Report of the Indian Hemp Drugs Commission, 1894-1895 - Volume IV
Year: 1894
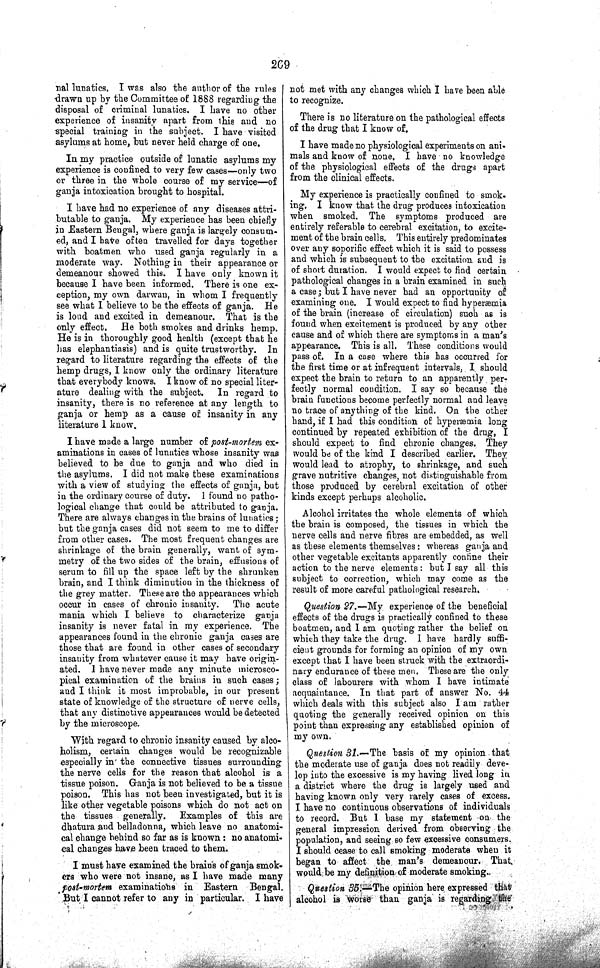
269
nal lunatics. I was also the author of the rules
drawn up by the Committee of 1888 regarding the
disposal of criminal lunatics. I have no other
experience of insanity apart from this and no
special training in the subject. I have visited
asylums at home, but never held charge of one.
In my practice outside of lunatic asylums my
experience is confined to very few cases—only two
or three in the whole course of my service—of
ganja intoxication brought to hospital.
I have had no experience of any diseases attri-
butable to ganja. My experience has been chiefly
in Eastern Bengal, where ganja is largely consum-
ed, and I have often travelled for days together
with boatmen who used ganja regularly in a
moderate way. Nothing in their appearance or
demeanour showed this. I have only known it
because I have been informed. There is one ex-
ception, my own darwan, in whom I frequently
see what I believe to be the effects of ganja. He
is loud and excited in demeanour. That is the
only effect.
He both smokes and drinks hemp.
He is in thoroughly good health (except that he
has elephantiasis) and is quite trustworthy. In
regard to literature regarding the effects of the
hemp drugs, I know only the ordinary literature
that everybody knows. I know of no special liter-
ature dealing with the subject. In regard to
insanity, there is no reference at any length to
ganja or hemp as a cause of insanity in any
literature I know.
I have made a large number of post-mortem ex-
aminations in cases of lunatics whose insanity was
believed to be due to ganja and who died in
the asylums. I did not make these examinations
with a view of studying the effects of ganja, but
in the ordinary course of duty. I found no patho-
logical change that could be attributed to ganja.
There are always changes in the brains of lunatics;
but the ganja cases did not seem to me to differ
from other cases. The most frequent changes are
shrinkage of the brain generally, want of sym-
metry of the two sides of the brain, effusions of
serum to fill up the space left by the shrunken
brain, and I think diminution in the thickness of
the grey matter. These are the appearances which
occur in cases of chronic insanity.
The acute
mania which I believe to characterize ganja
insanity is never fatal in my experience. The
appearances found in the chronic ganja cases are
those that are found in other cases of secondary
insanity from whatever cause it may have origin-
ated. I have never made any minute microsco-
pical examination of the brains in such cases;
and I think it most improbable, in our present
state of knowledge of the structure of nerve cells,
that any distinctive appearances would be detected
by the microscope.
With regard to chronic insanity caused by alco-
holism, certain changes would be recognizable
especially in the connective tissues surrounding
the nerve cells for the reason that alcohol is a
tissue poison. Ganja is not believed to be a tissue
poison. This has not been investigated, but it is
like other vegetable poisons which do not act on
the tissues generally. Examples of this are
dhatura and belladonna, which leave no anatomi-
cal change behind so far as is known: no anatomi-
cal changes have been traced to them.
I must have examined the brains of ganja smok-
ers who were not insane, as I have made many
post-mortem examinations in Eastern Bengal.
But I cannot refer to any in particular. I have
not met with any changes which I have been able
to recognize.
There is no literature on the pathological effects
of the drug that I know of.
I have made no physiological experiments on ani-
mals and know of none. I have no knowledge
of the physiological effects of the drugs apart
from the clinical effects.
My experience is practically confined to smok-
ing. I know that the drug produces intoxication
when smoked. The symptoms produced are
entirely referable to cerebral excitation, to excite-
ment of the brain cells. This entirely predominates
over any soporific effect which it is said to possess
and which is subsequent to the excitation and is
of short duration. I would expect to find certain
pathological changes in a brain examined in such
a case; but I have never had an opportunity of
examining one. I would expect to find hyperæmia
of the brain (increase of circulation) such as is
found when excitement is produced by any other
cause and of which there are symptoms in a man's
appearance. This is all. These conditions would
pass of. In a case where this has occurred for
the first time or at infrequent intervals, I should
expect the brain to return to an apparently per-
fectly normal condition. I say so because the
brain functions become perfectly normal and leave
no trace of anything of the kind. On the other
hand, if I had this condition of hyperæmia long
continued by repeated exhibition of the drug, I
should expect to find chronic changes. They
would be of the kind I described earlier. They
would lead to atrophy, to shrinkage, and such
grave nutritive changes, not distinguishable from
those produced by cerebral excitation of other
kinds except perhaps alcoholic.
Alcohol irritates the whole elements of which
the brain is composed, the tissues in which the
nerve cells and nerve fibres are embedded, as well
as these elements themselves: whereas ganja and
other vegetable excitants apparently confine their
action to the nerve elements: but I say all this
subject to correction, which may come as the
result of more careful pathological research.
Question 27.—My experience of the beneficial
effects of the drugs is practically confined to these
boatmen, and I am quoting rather the belief on
which they take the drug. I have hardly suffi-
cient grounds for forming an opinion of my own
except that I have been struck with the extraordi-
nary endurance of these men. These are the only
class of labourers with whom I have intimate
acquaintance. In that part of answer No. 44
which deals with this subject also I am rather
quoting the generally received opinion on this
point than expressing any established opinion of
my own.
Question 31.—The basis of my opinion that
the moderate use of ganja does not readily deve-
lop into the excessive is my having lived long in
a district where the drug is largely used and
having known only very rarely cases of excess.
I have no continuous observations of individuals
to record. But I base my statement on the
general impression derived from observing the
population, and seeing so few excessive consumers.
I should cease to call smoking moderate when it
began to affect the man's demeanour. That
would be my definition of moderate smoking.
Question 35.—The opinion here expressed that
alcohol is worse than ganja is regarding the